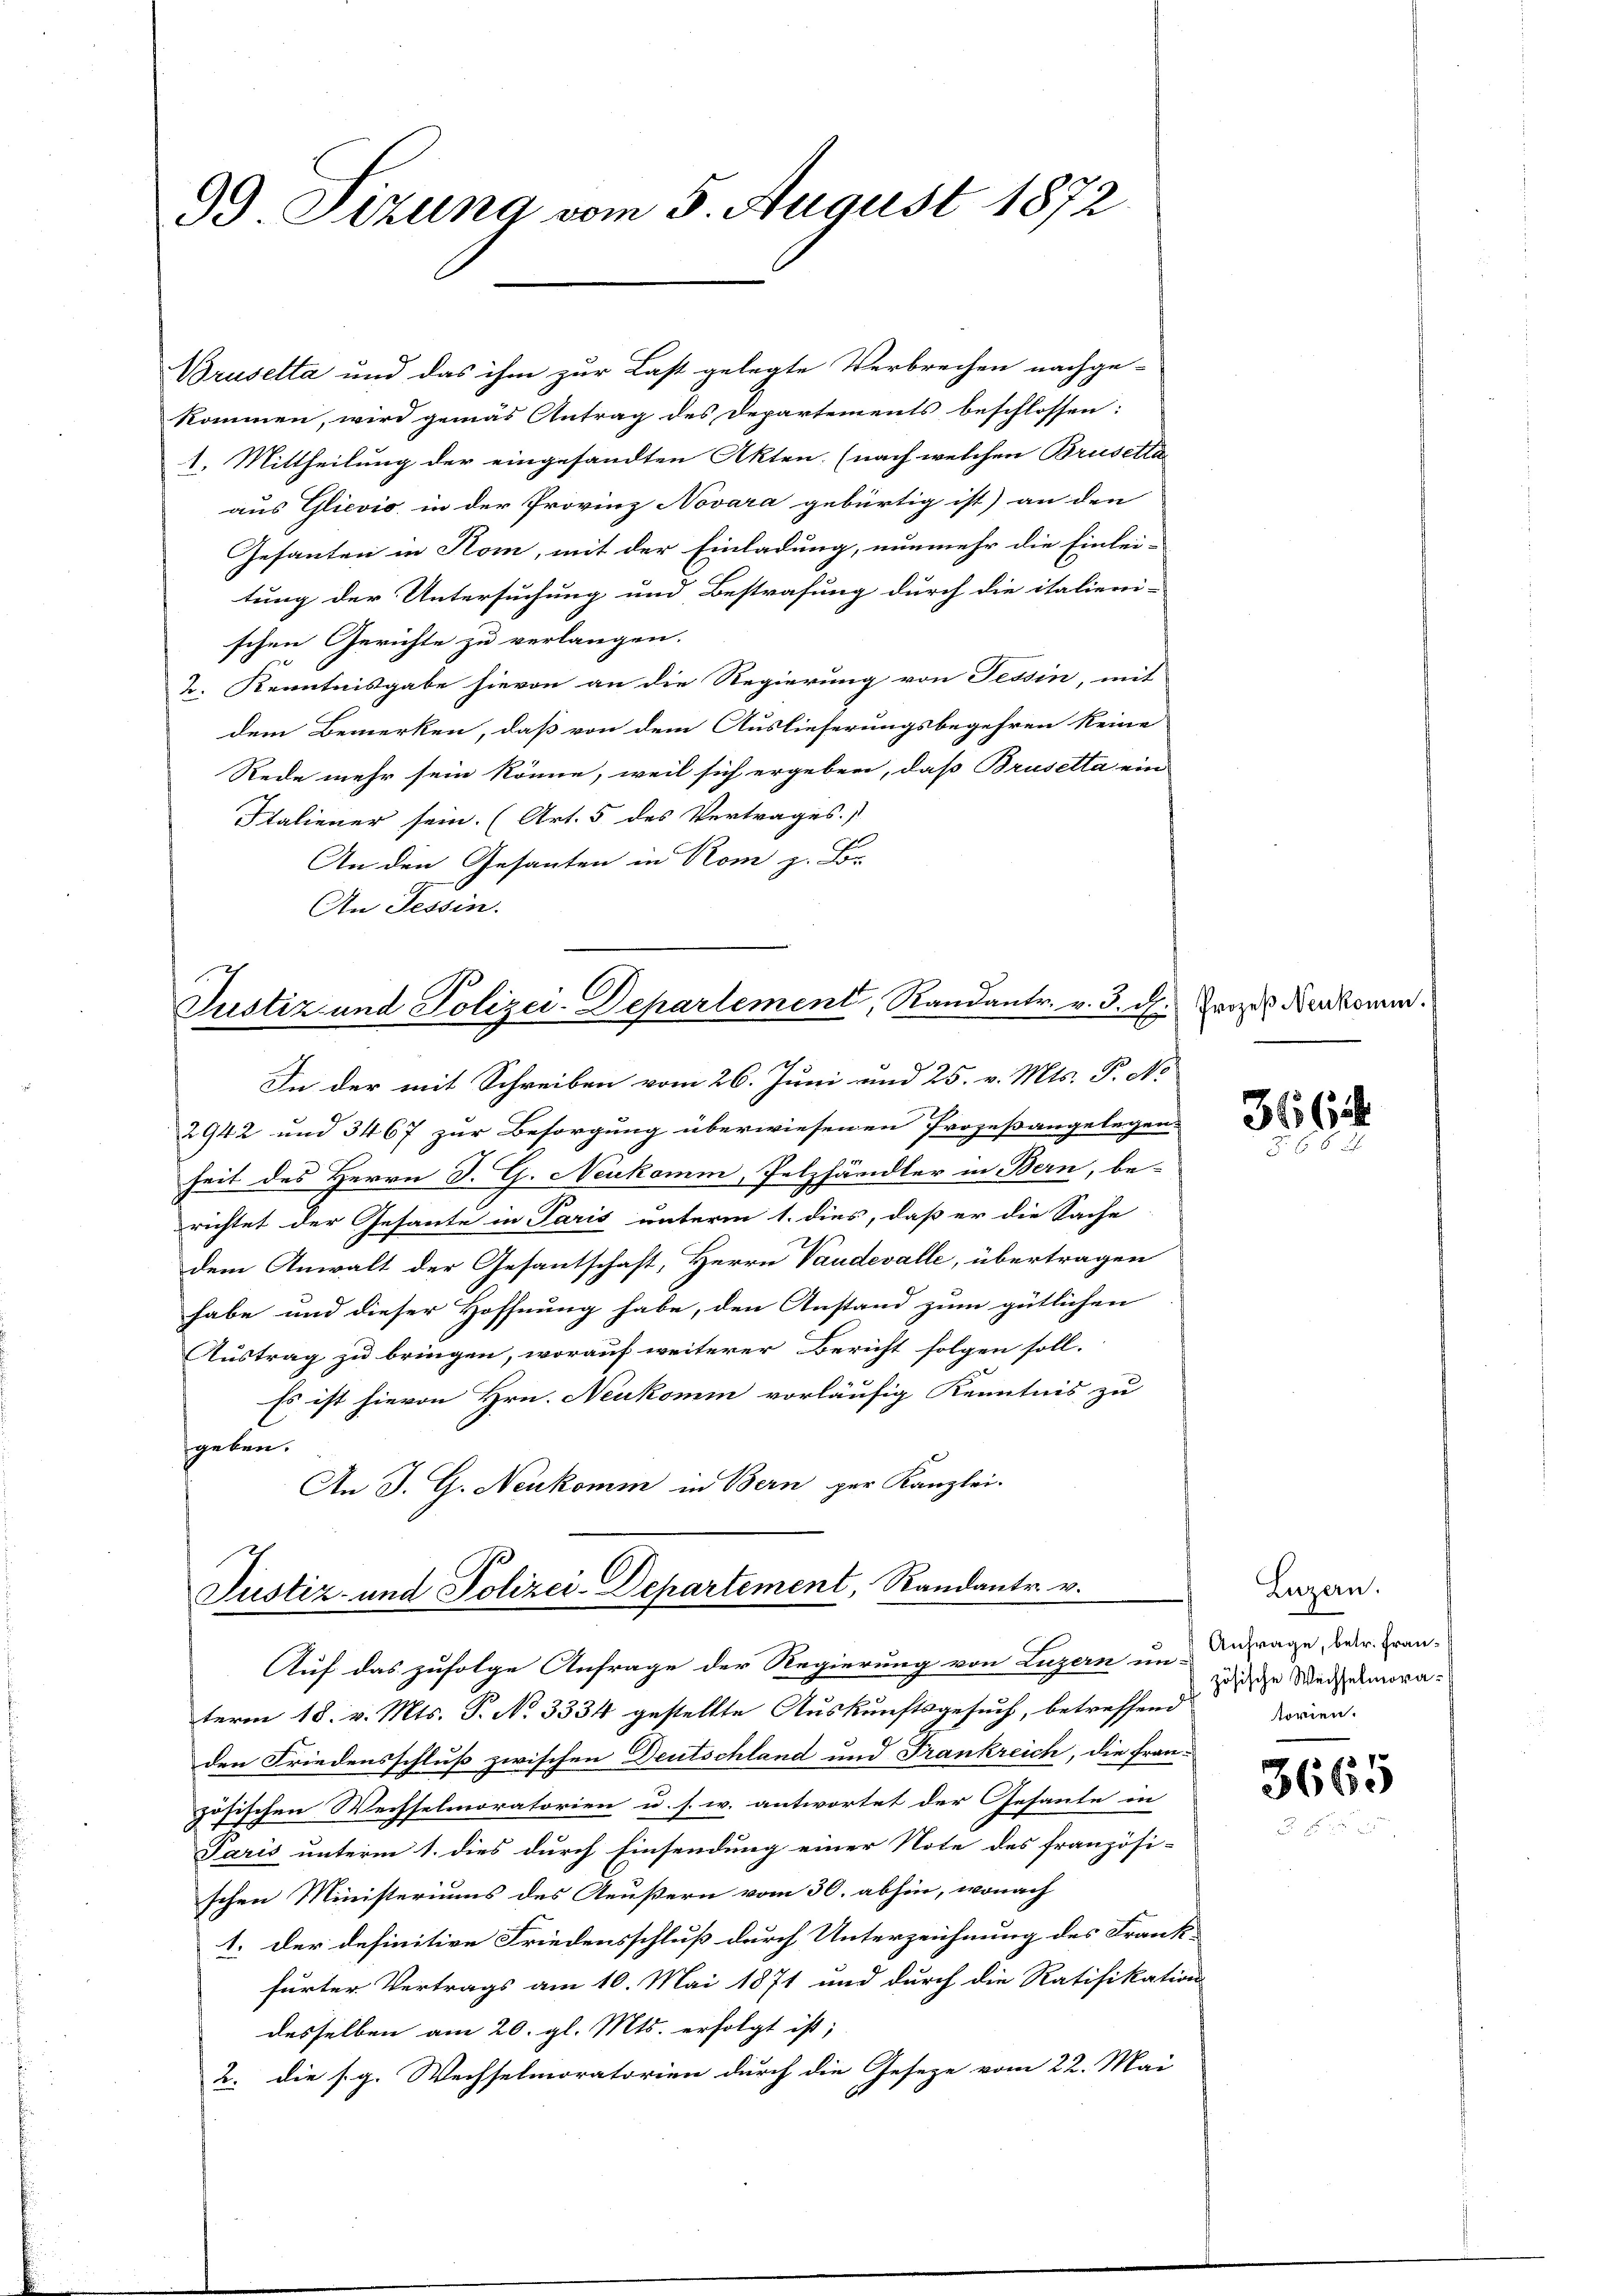
99 Sizung vom 5. August 1872

Brusetta und das ihm zur Last gelegte Verbrechen nachge-
kommen, wird gemäs Antrag des Departements beschlossen:
1. Mittheilung der eingesandten Akten. (nach welchen Brusetta
aus Glievio, in der Provinz Novara gebürtig ist) an den
Gesanten in Rom, mit der Einladung, nunmehr die Einlei-
tung der Untersuchung und Bestrafung durch die italieni-
schen Gerichte zu verlangen.
2. Kenntnisgabe hievon an die Regierung von Tessin, mit
dem Bemerken, daß von dem Auslieferungsbegehren keine
Rede mehr sein könne, weil sich ergeben, daß Brusetta ein
Italiener sein. (Art. 5 des Vertrages.)
An den Gesanten in Rom z. Bor
An Tessin.

Justiz und Polizei-Departement, Randantr. v. 3. dh. Prozes Verkomen.
In der mit Schreiben vom 26. Juni und 25. v. Mts. P. No

2942 und 3467 zur Besorgung überwiesenen Prozeßangelegen-
heit des Herrn J. G. Neukomm, Pelzhändler in Bern, be-
richtet der Gesante in Paris unterm 1. dies, daß er die Sache
dem Anwalt der Gesantschaft, Herrn Vaudevalle, übertragen
habe und dieser Hoffnung habe, den Anstand zum gütlichen
Austrag zu bringen, worauf weiterer Bericht folgen soll.
Es ist hievon Hrn. Neukomm vorläufig Kenntnis zu
geben.
An J. G. Neukomm in Bern per Kanzlei.

Justiz- und Polizei-Departement, Randantr. v.
Auf das zufolge Anfrage der Regierung von Luzern un-

term 18. v. Mts. P. No 3334 gestellte Auskunftsgesuch, betreffend
den Friedensschluß zwischen Deutschland und Frankreich, die französischen Wechselmoratorien u. s. w. antwortet der Gesante in
Jaris unterm 1. dies durch Einsendung einer Note des französi-
schen Ministeriums des Aeußern vom 30. abhin, wonach
1. der definitive Friedensschluß durch Unterzeichnung des Frankfurter Vertrags am 10. Mai 1871 und durch die Ratifikation
desselben am 20. gl. Mts. erfolgt ist;
2. die s. g. Wechselmoratorien durch die Gesetze vom 22. Mai

316

Luzern.
Anfrage, betr. Französische Wechselmorasoren.

3665